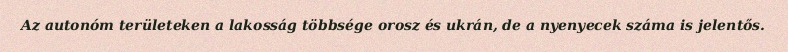
Az autonóm területeken a lakosság többsége orosz és ukrán, de a nyenyecek száma is jelentős.